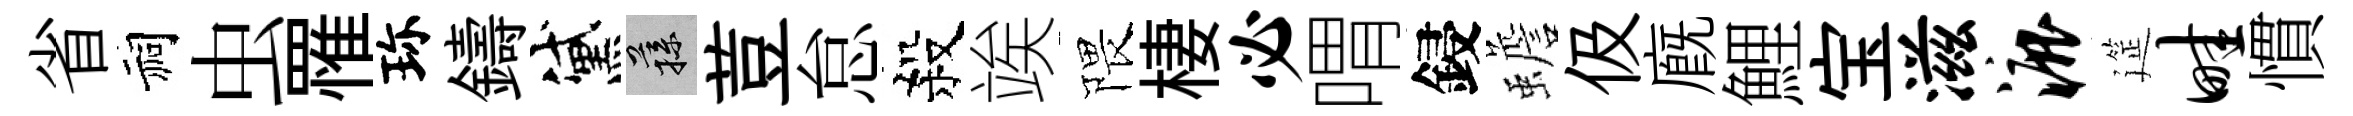
省祠虫罹珎鑄黛蓀荳怠殺竢隈棲必喟鋟蟾伋廐鯉宝滋漉筵畦慣